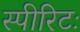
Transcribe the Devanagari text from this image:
स्पीरिटः